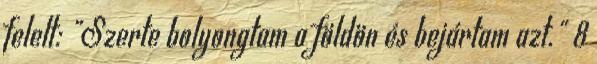
felelt: "Szerte bolyongtam a földön és bejártam azt." 8